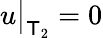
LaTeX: u\bigr\rvert_{\mathsf T_{2}}=0